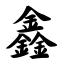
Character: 鑫